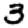
Digit: 3